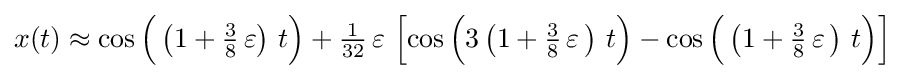
x(t)\approx \cos {\Bigl (}\left(1+{\tfrac {3}{8}}\,\varepsilon \right)\,t{\Bigr )}+{\tfrac {1}{32}}\,\varepsilon \,\left[\cos {\Bigl (}3\left(1+{\tfrac {3}{8}}\,\varepsilon \,\right)\,t{\Bigr )}-\cos {\Bigl (}\left(1+{\tfrac {3}{8}}\,\varepsilon \,\right)\,t{\Bigr )}\right]